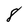
Character: 8